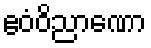
ဧဝံဝိညာဏော